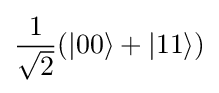
{\frac {1}{\sqrt {2}}}(|00\rangle +|11\rangle )